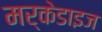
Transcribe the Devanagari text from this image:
मर्केडाइज